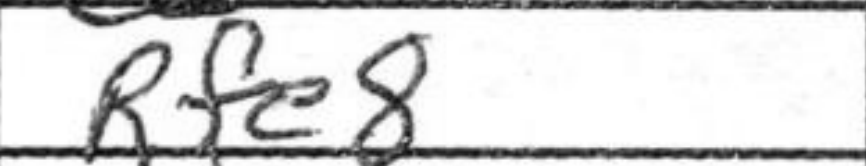
Transcription: Rfe8